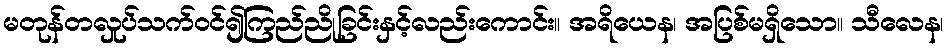
မတုန်တလှုပ်သက်ဝင်၍ကြည်ညိုခြင်းနှင့်လည်းကောင်း။ အရိယေန၊ အပြစ်မရှိသော။ သီလေန၊